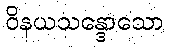
ဝိနယသန္ဒောသော